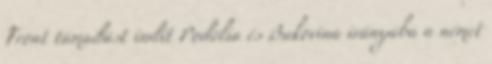
Front támadást indít Podólia és Bukovina irányába a német